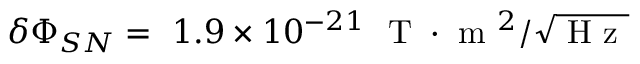
\delta \Phi _ { S N } = ~ 1 . 9 \times 1 0 ^ { - 2 1 } ~ \mathrm { ~ T ~ } \cdot \mathrm { ~ m ~ } ^ { 2 } / \sqrt { \mathrm { ~ H ~ z ~ } }